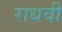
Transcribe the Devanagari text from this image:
राधवी